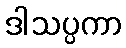
ဒါသပ္ပကာ